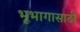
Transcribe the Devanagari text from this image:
भूभागासाठी